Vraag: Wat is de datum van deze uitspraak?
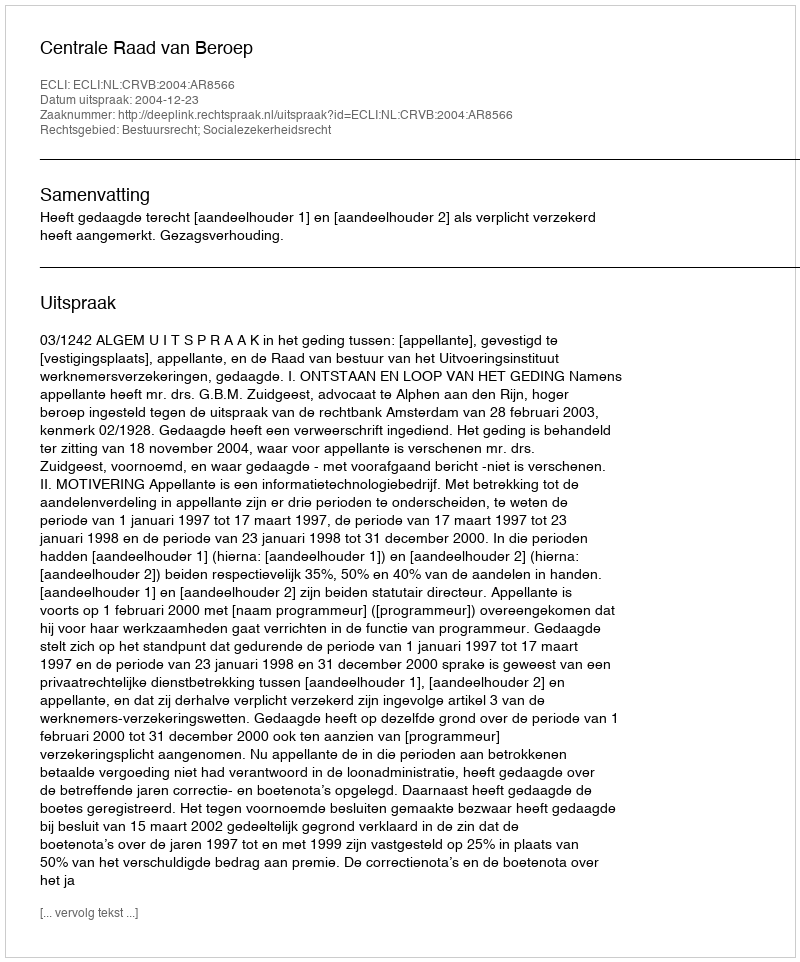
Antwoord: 2004-12-23